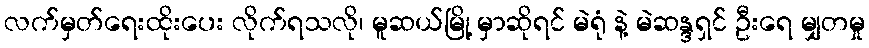
လက်မှတ်ရေးထိုးပေး လိုက်ရသလို၊ မူဆယ်မြို့ မှာဆိုရင် မဲရုံ နဲ့ မဲဆန္ဒရှင် ဦးရေ မျှတမှု